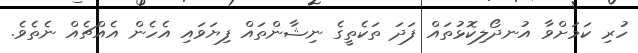
ހުރި ކަމަށްވާ އުނދޯލިކޮޅުތައް ފަދަ ތަކެތީގެ ނިޝާންތައް ފިޔަވައި އެހެން އެއްޗެއް ނެތެވެ.